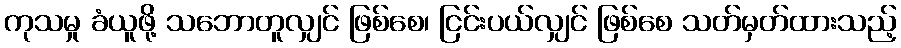
ကုသမှု ခံယူဖို့ သဘောတူလျှင် ဖြစ်စေ၊ ငြင်းပယ်လျှင် ဖြစ်စေ သတ်မှတ်ထားသည့်